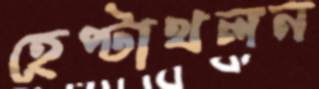
হেপ্টাথলন